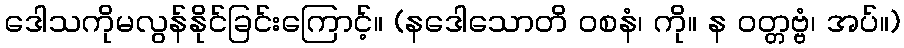
ဒေါသကိုမလွန်နိုင်ခြင်းကြောင့်။ (နဒေါသောတိ ဝစနံ၊ ကို။ န ဝတ္တဗ္ဗံ၊ အပ်။)